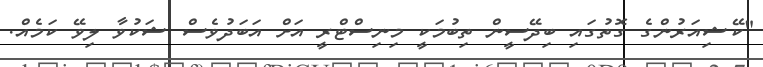
"ކޭޝިއަރުންގެ ގޮތުގައި ބިދޭސީން ތިބުމަކީ މިނިސްޓްރީ އަށް އަބަދުވެސް ޝަކުވާ ލިވޭ ކަމެއް.